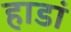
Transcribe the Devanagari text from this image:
हाडां